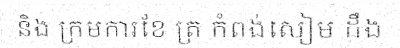
និង ក្រមការខែ ត្រ កំពង់សៀម ដឹង